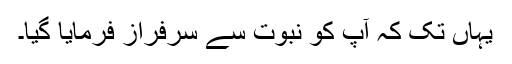
یہاں تک کہ آپؐ کو نبوت سے سرفراز فرمایا گیا۔